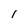
Character: I